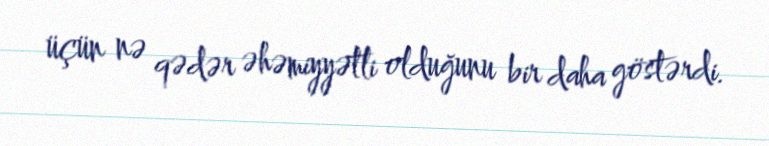
üçün nə qədər əhəmiyyətli olduğunu bir daha göstərdi.